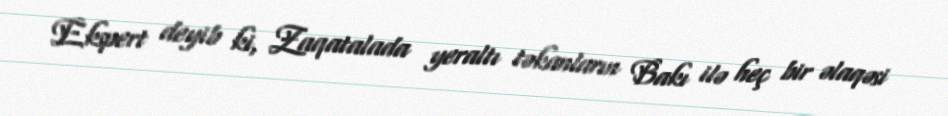
Ekspert deyib ki, Zaqatalada yeraltı təkanların Bakı ilə heç bir əlaqəsi